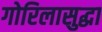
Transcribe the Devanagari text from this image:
गोरिलासुद्धा